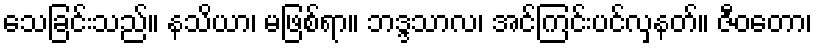
သေခြင်းသည်။ နသိယာ၊ မဖြစ်ရာ။ ဘဒ္ဒသာလ၊ အင်ကြင်းပင်လှနတ်။ ဇီဝတော၊